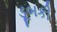
ડૂબકી